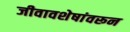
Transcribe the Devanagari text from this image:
जीवावशेषांवरून